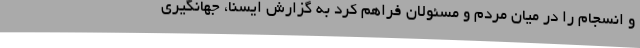
و انسجام را در میان مردم و مسئولان فراهم کرد به گزارش ایسنا، جهانگیری